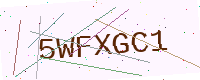
Text: 5WFXGC1